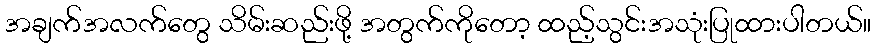
အချက်အလက်တွေ သိမ်းဆည်းဖို့ အတွက်ကိုတော့ ထည့်သွင်းအသုံးပြုထားပါတယ်။